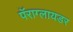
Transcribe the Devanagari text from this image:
पॅराग्लायडर